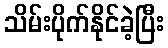
သိမ်းပိုက်နိုင်ခဲ့ပြီး